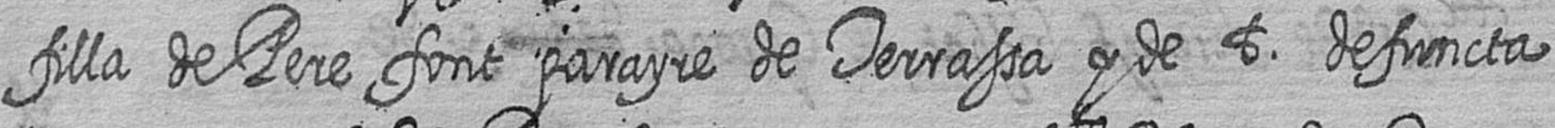
filla de Pere font parayre de Terrassa y de t defuncta